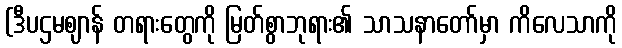
(ဒီပဌမဈာန် တရားတွေကို မြတ်စွာဘုရား၏ သာသနာတော်မှာ ကိလေသာကို